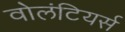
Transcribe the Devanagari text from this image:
वोलंटियर्स